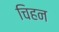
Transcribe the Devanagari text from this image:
चिहन